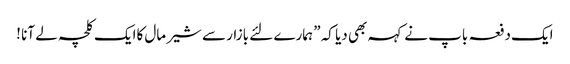
ایک دفعہ باپ نے کہہ بھی دیا کہ ” ہمارے لئے بازار سے شیر مال کاایک کلچہ لے آنا !